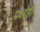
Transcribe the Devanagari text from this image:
पथ्येही